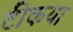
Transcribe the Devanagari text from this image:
टीकया